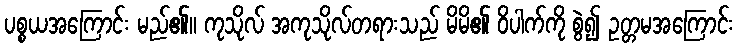
ပစ္စယအကြောင်း မည်၏။ ကုသိုလ် အကုသိုလ်တရားသည် မိမိ၏ ဝိပါက်ကို စွဲ၍ ဥတ္တမအကြောင်း